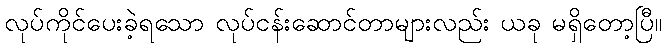
လုပ်ကိုင်ပေးခဲ့ရသော လုပ်ငန်းဆောင်တာများလည်း ယခု မရှိတော့ပြီ။